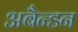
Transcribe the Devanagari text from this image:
अबैन्डन